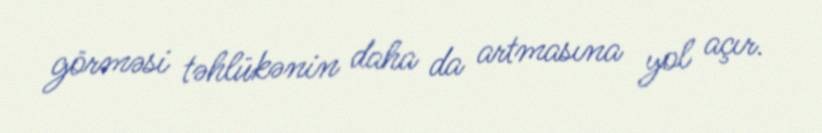
görməsi təhlükənin daha da artmasına yol açır.